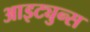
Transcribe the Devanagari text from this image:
आइट्युन्स